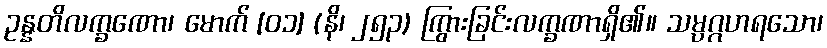
ဥန္နတိလက္ခဏော၊ မောက် [၀၁] (နိ၊ ၂၅၃) ကြွားခြင်းလက္ခဏာရှိ၏။ သမ္ပဂ္ဂဟရသော၊